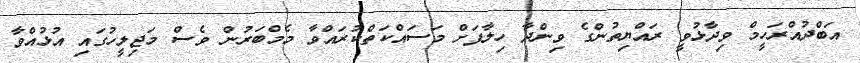
އަބްދުއްރަހީމް ވިދާޅުވީ ރައްޔިތުންގެ ވިންދާ ހިލާފަށް މަސައްކަތްކުރައްވާ މެމްބަރުން ވެސް މަޖިލީހުގައި އުޅުއްވާ